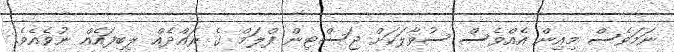
ނަމަވެސް މިއިން އެއްވެސް ސުވާލަކަށް ޖަސްޓިން ފްލަމް ގެ ރައްދެއް ލިބިފައެއް ނުވެއެވެ.